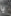
يا